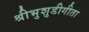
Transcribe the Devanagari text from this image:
श्रीभुशुडीगीता